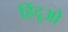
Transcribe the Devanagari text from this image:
हिंदूओ